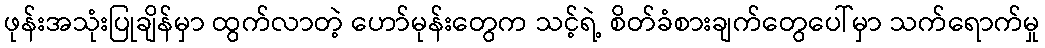
ဖုန်းအသုံးပြုချိန်မှာ ထွက်လာတဲ့ ဟော်မုန်းတွေက သင့်ရဲ့ စိတ်ခံစားချက်တွေပေါ်မှာ သက်ရောက်မှု